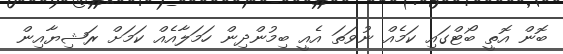
ބޮން އޮތީ ބޯޓްގައި ކަމެއް ނުވަތަ އެއީ ބިމުންދިން ހަމަލާއެއް ކަމަށް ރަޝިޔާއިން